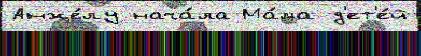
Анже́лу нача́ла Ма́ма д'ет'е́й